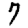
Digit: 7